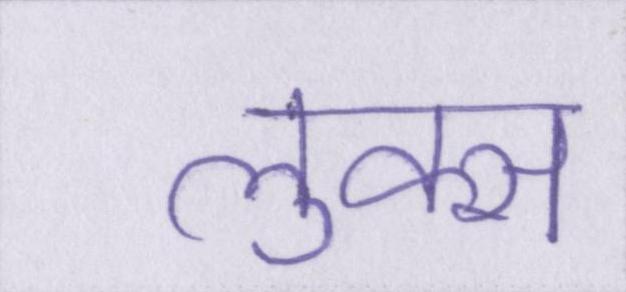
लुक्स